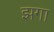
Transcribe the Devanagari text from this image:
झगा